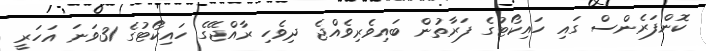
ކޮންފަރެންސް ގައި ހައިކޯޓުގެ ފަރާތުން ބައިވެރިވެއްޖެ ދިވެހި ރާއްޖޭގެ ހައިކޯޓުގެ 31ވަނަ އަހަރީ